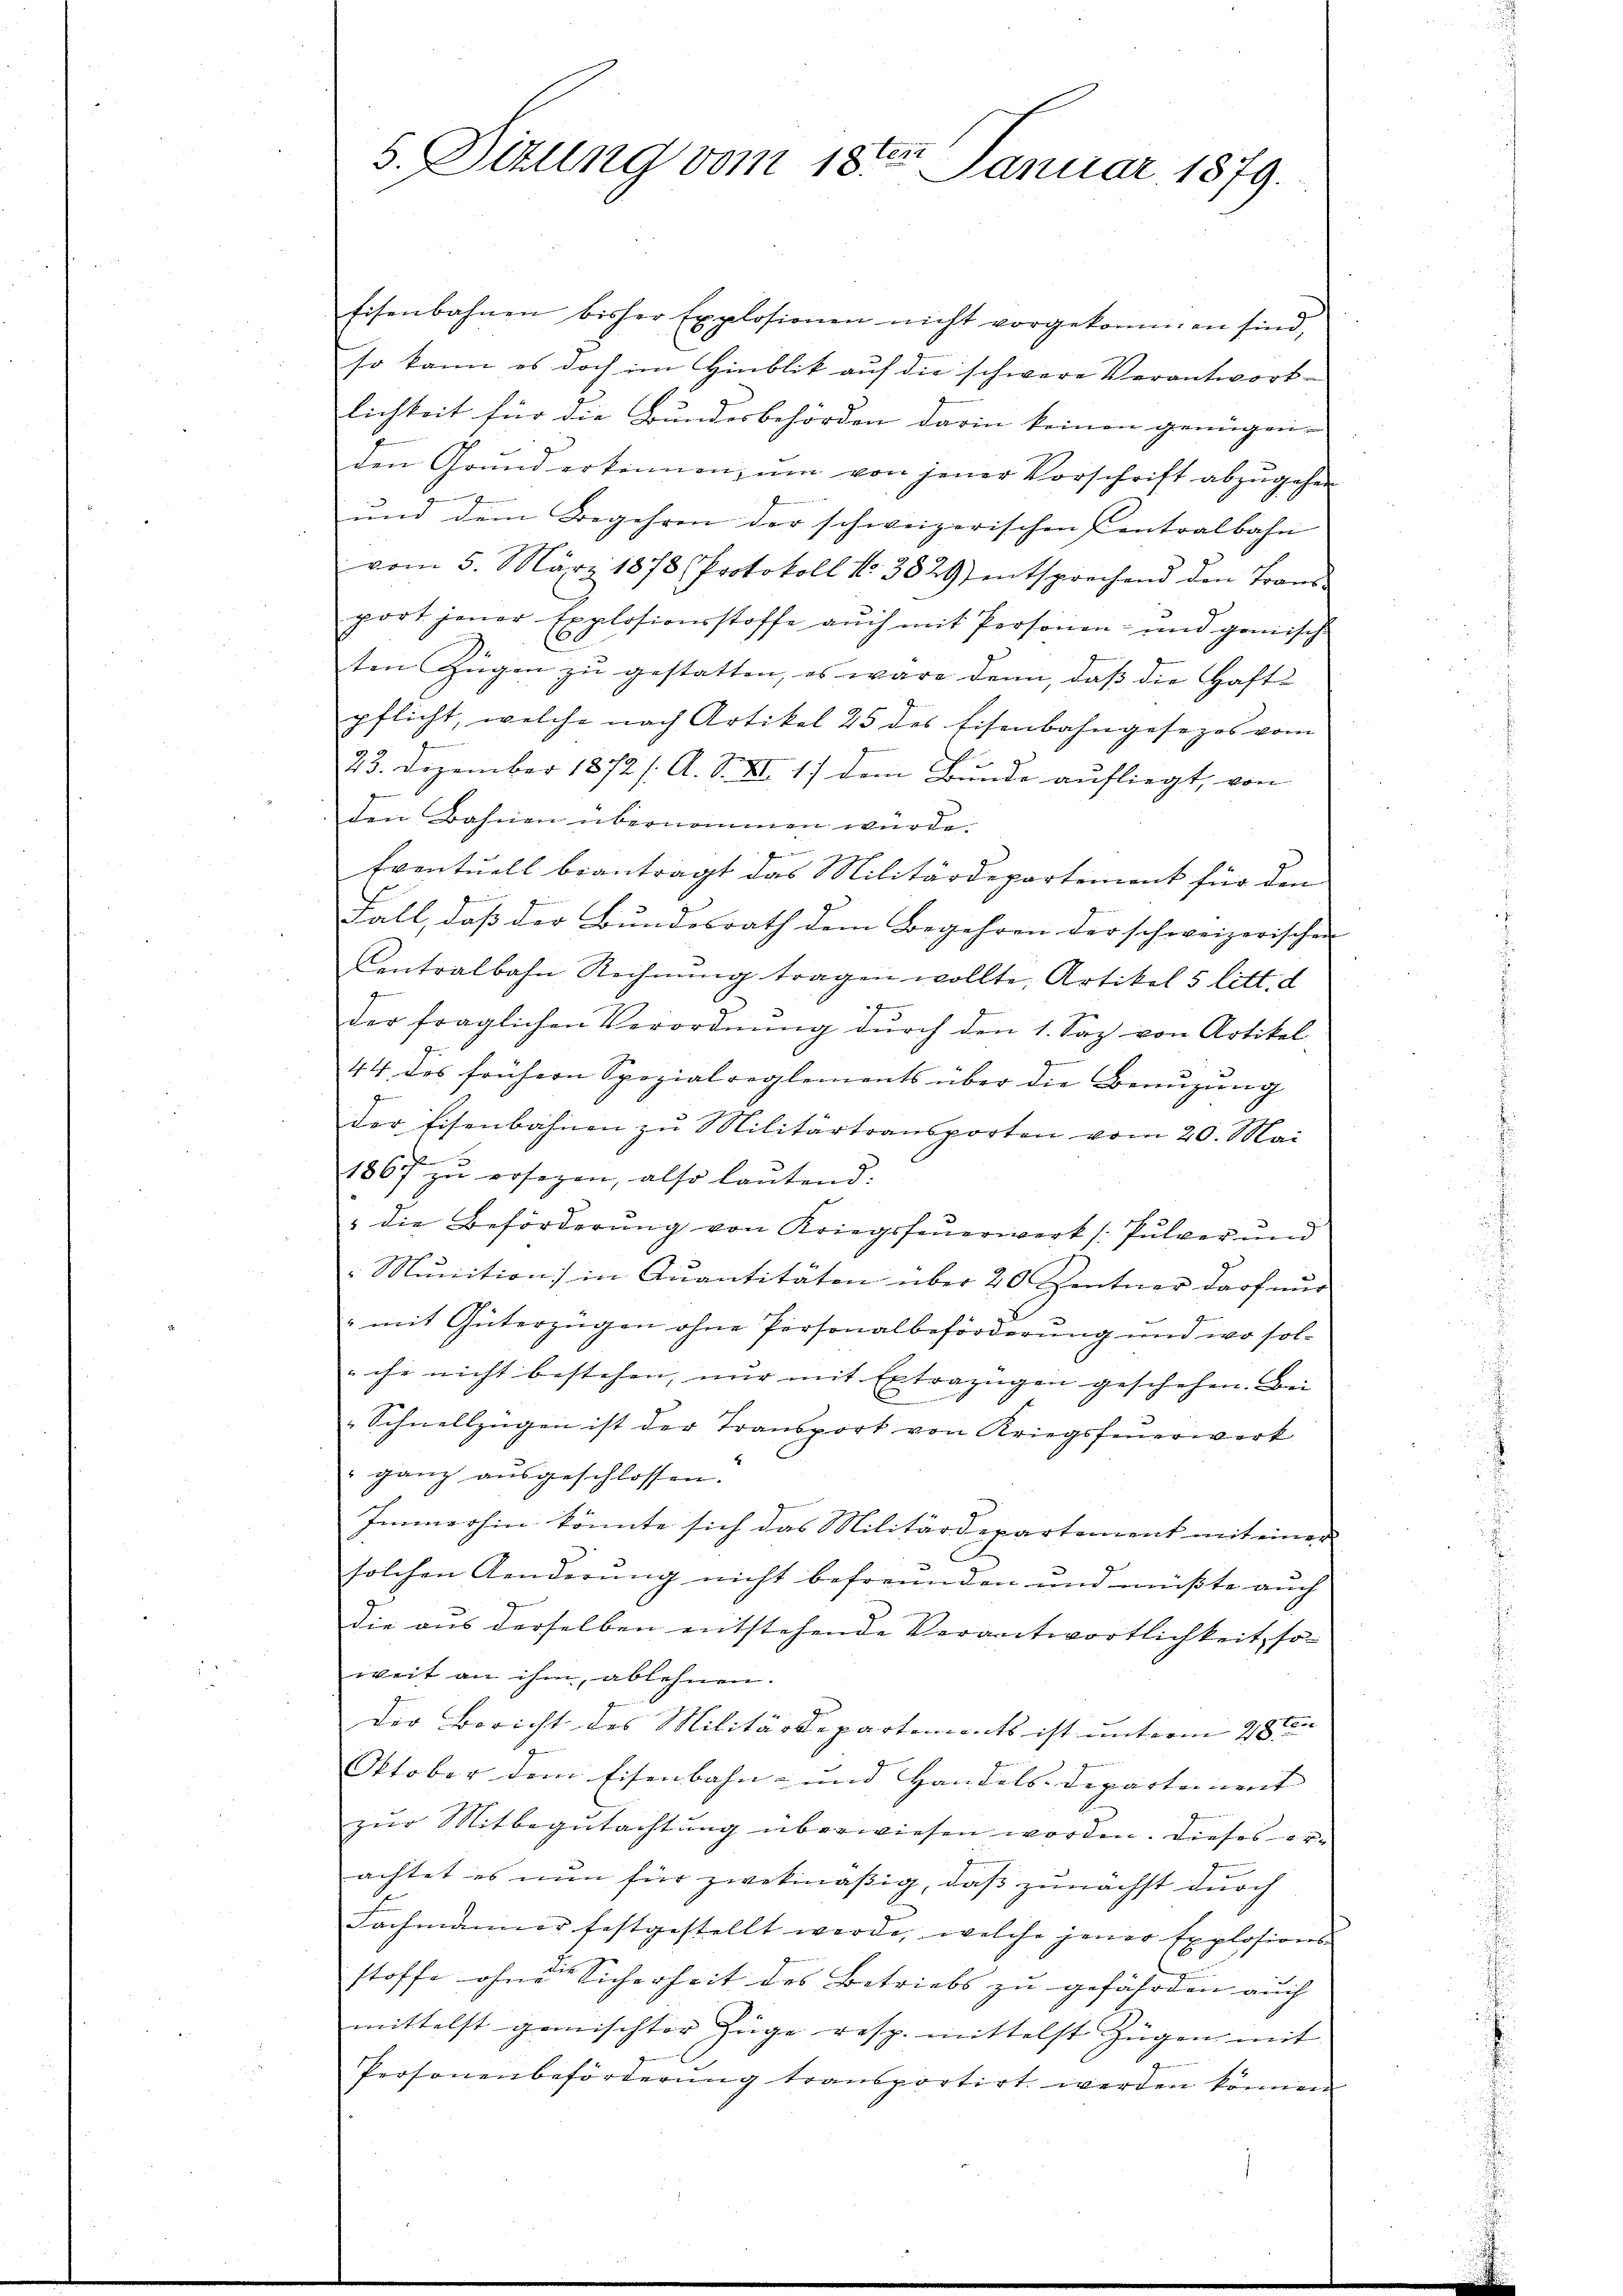
Eisenbahnen bisher Explosionen nicht vorgekommen sind,
so kann es doch im Hinblik auf die schwere Verantwort-
lichkeit für die Bundesbehörden darin keinen genügen. |
den Grŭnd erkennen, ŭm von jener Vorschrift abzŭgehen
¬
und dem Begehren der schweizerischen Centralbahn |
vom 5. März 1878 Protokoll No. 3829) entsprechend den Trans-
port jener Explosionsstoffe aŭch mit Personen- und gemische
ten Zügen zu gestatten, es wäre dann, daß die Haft-
pflicht, welche nach Artikel 25 des Eisenbahngesezes vom
23. Dezember 1872 /: A. S. XI. 17 dem Bunde aufliegt, von
den Bahnen übernommen würde.
Eventuell beantragt das Militärdepartement für den
d
Fall, daß der Bundesrath dem Begehren der schweizerischen
Centralbahn Rechnŭng tragen wollte, Artikel 5 litt. d
g
der fraglichen Verordnŭng dŭrch den 1. Saz von Artikel
44 des frühern Spezialreglements über die Benuzung
der Eisenbahnen zu Militärtransporten vom 20. Mai
1867 zŭ ersezen, also lantend:
" die Beförderŭng von Kriegsfeŭerwerk (Pulver und
Munition in Quantitäten über 20 Zentner darf nŭr
" mit Güterzügen ohne Personalbeförderung und wo solche nicht bestehen, nur mit Extrazugen geschehen. Bei |
Schnellzügen ist der Transport von Kriegsfeuerwerk
4
 ganz aŭsgeschlossen.
Immerhin könnte sich das Militärdepartement mit einen
solchen Aenderung nicht befreunden und müßte auch
die aus derselben entstehende Verantwortlichkeit, so
weit an ihm, ablehnen.
der Bericht des Militärdepartements ist unterm 28ten |
Oktober dem Eisenbahn- und Handels-Departement |
zur Mitbegutachtung überwiesen worden. Dieses erachtet es nun für zwekmässig, dass zunächst durch
Fachmanner festgestellt werde, welche jener Explosions-
stoffe ohne Sicherheit des Betriebs zu gefährden auch
mittelst gemischter Züge resp. mittelst Zügen mit
Personenbeförderung transportirt werden können

5. Situng vom 18ten Januar 1879.